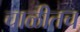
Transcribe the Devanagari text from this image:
चाळीतच